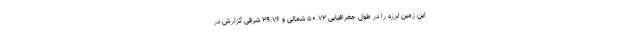
این زمین لرزه را در طول جغرافیایی ۵۰.۷۲ شمالی و ۲۹.۷۶ شرقی گزارش در